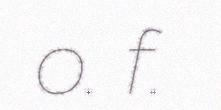
o. f.